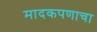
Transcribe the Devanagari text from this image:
मादकपणाचा